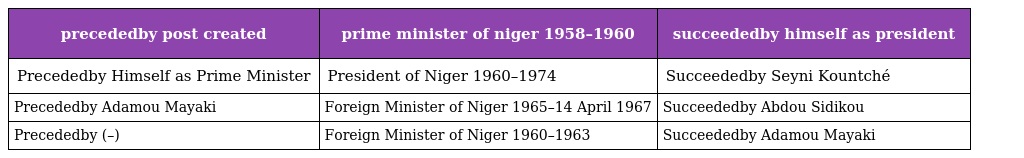
| precededby post created | prime minister of niger 1958–1960 | succeededby himself as president |
 | --- | --- | --- |
 | Precededby Himself as Prime Minister | President of Niger 1960–1974 | Succeededby Seyni Kountché |
 | Precededby Adamou Mayaki | Foreign Minister of Niger 1965–14 April 1967 | Succeededby Abdou Sidikou |
 | Precededby (–) | Foreign Minister of Niger 1960–1963 | Succeededby Adamou Mayaki |